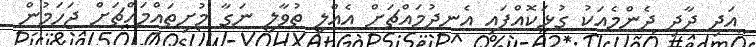
އަދި ދާދި ދެންމެއަކު ގުޅަކޮއްފައި އެނދުމައްޗަށް އެއްލި ތުވާލި ނަގާ މުށިތައްމައްޗަށް ޖަހަމުން